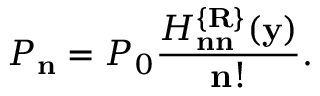
{ \cal P } _ { \bf n } = { \cal P } _ { 0 } \frac { H _ { \bf n n } ^ { \{ { \bf R } \} } ( { \bf y } ) } { { \bf n } ! } .